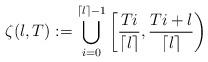
LaTeX: \begin{align*}\zeta(l,T) := \bigcup_{i=0}^{\lceil l \rceil -1} \left[ \frac{Ti}{\lceil l \rceil}, \frac{Ti + l}{\lceil l \rceil} \right)\end{align*}